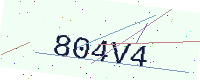
Text: 804V4